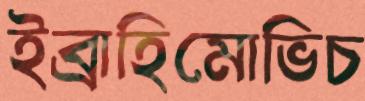
ইব্রাহিমোভিচ